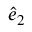
\hat { e } _ { 2 }